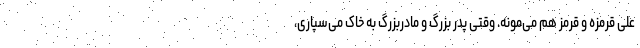
علی قرمزه و قرمز هم می‌مونه. وقتی پدر بزرگ و مادربزرگ به خاک می‌سپاری،